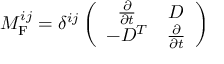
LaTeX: { \cal M } _ { \mathrm { F } } ^ { i j } = \delta ^ { i j } \left( \begin{array} { c c } { { \frac { \partial } { \partial t } } } & { { D } } \\ { { - D ^ { T } } } & { { \frac { \partial } { \partial t } } } \end{array} \right)